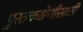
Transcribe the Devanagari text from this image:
पुस्तकश्रेणीसाठी